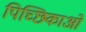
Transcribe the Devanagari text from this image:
पिच्छिकाओं